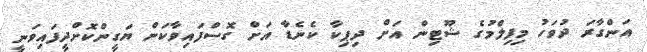
އަންގާރަ ދުވަހު މިފިލްމުގެ ޝޫޓިން އަށް ދިޕިކާ ކެނެޑާ އަށް ގޮސްފައިވާކަން ޔަގީންކޮށްދީފައިވަނީ